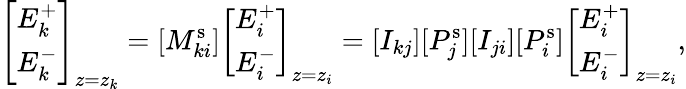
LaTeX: \left[\begin{array}{l}{E_{k}^{+}}\\ {E_{k}^{-}}\end{array}\right]_{z=z_{k}}=[M_{ki}^{\mathrm{s}}]\left[\begin{array}{l}{E_{i}^{+}}\\ {E_{i}^{-}}\end{array}\right]_{z=z_{i}}=[I_{kj}][P_{j}^{\mathrm{s}}][I_{ji}][P_{i}^{\mathrm{s}}]\left[\begin{array}{l}{E_{i}^{+}}\\ {E_{i}^{-}}\end{array}\right]_{z=z_{i}},